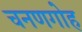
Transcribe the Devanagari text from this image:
चनणगोह